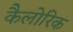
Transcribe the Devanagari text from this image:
कैलोरिक